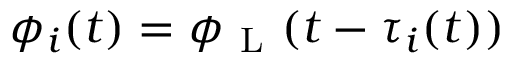
\phi _ { i } ( t ) = \phi _ { \mathrm { ~ L ~ } } ( t - \tau _ { i } ( t ) )